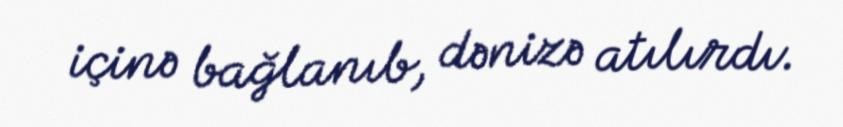
içinə bağlanıb, dənizə atılırdı.